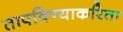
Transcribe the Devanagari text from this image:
तापविण्याकरिता